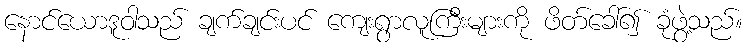
နောင်ယောဒူဝါသည် ချက်ချင်းပင် ကျေးရွာလူကြီးများကို ဖိတ်ခေါ်၍ ခုံဖွဲ့သည်။